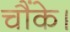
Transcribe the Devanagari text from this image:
चौंके।